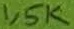
Text: 1,5K